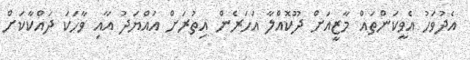
އެދުވަހު އެވީކަންތައް މާޒީއަށް ދޫކޮއްލާ އަހަރެން އިތުރަށް އައްޔަދު އާއި ވާހަކަ ދައްކާކަށް